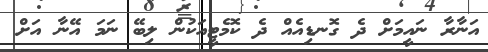
އަނާރާ ނައީމަށް ދެ ގޮނޑިއެއް ދެ ކޮމެޓީއަކުން ލިބޭ ނަމަ އޭނާ އަށް